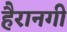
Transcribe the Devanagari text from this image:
हैरानगी